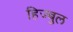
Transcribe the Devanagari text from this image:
हिज्बुल